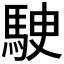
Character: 𩢶